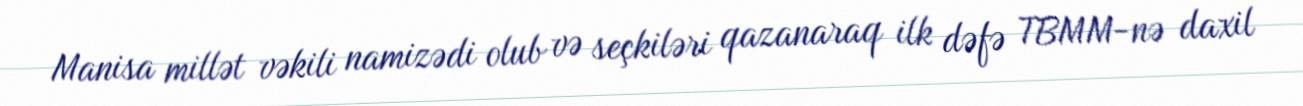
Manisa millət vəkili namizədi olub və seçkiləri qazanaraq ilk dəfə TBMM-nə daxil